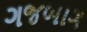
ગજબાગ